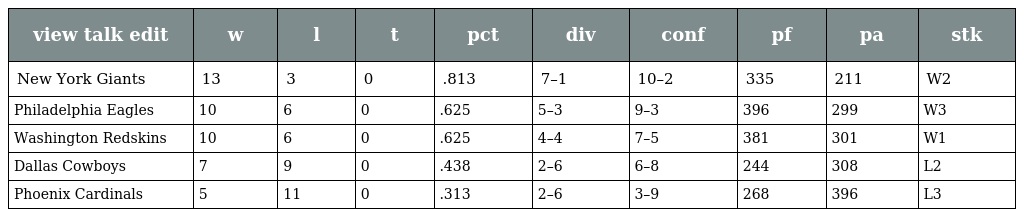
| view talk edit | w | l | t | pct | div | conf | pf | pa | stk |
 | --- | --- | --- | --- | --- | --- | --- | --- | --- | --- |
 | New York Giants | 13 | 3 | 0 | .813 | 7–1 | 10–2 | 335 | 211 | W2 |
 | Philadelphia Eagles | 10 | 6 | 0 | .625 | 5–3 | 9–3 | 396 | 299 | W3 |
 | Washington Redskins | 10 | 6 | 0 | .625 | 4–4 | 7–5 | 381 | 301 | W1 |
 | Dallas Cowboys | 7 | 9 | 0 | .438 | 2–6 | 6–8 | 244 | 308 | L2 |
 | Phoenix Cardinals | 5 | 11 | 0 | .313 | 2–6 | 3–9 | 268 | 396 | L3 |